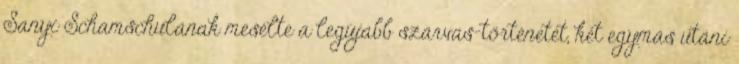
Sanyi Schamschulának me­­sélte a leg­ú­jabb szarvas-történetét, két egymás utáni